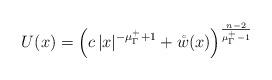
LaTeX: \begin{align*}U(x) = \Big(c\,|x|^{-\mu_\Gamma^{+} + 1} + \mathring{w}(x)\Big)^{\frac{n-2}{\mu_\Gamma^+ - 1}}\end{align*}